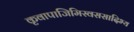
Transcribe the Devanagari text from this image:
कृवापाजिमिस्वससादिभ्य